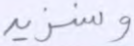
وسنزيد